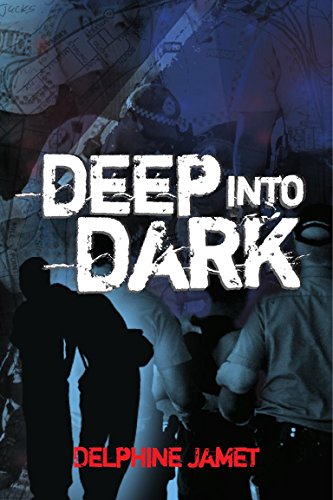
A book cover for Deep Into Dark (Streetkid Industries Book 2); Delphine Jamet; Teen & Young Adult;